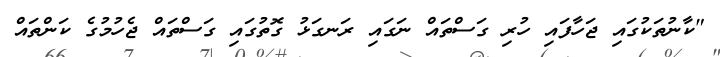
"ކާނުތަކުގައި ޖަހާފައި ހުރި ގަސްތައް ނަގައި ރަނގަޅު ގޮތުގައި ގަސްތައް ޖެހުމުގެ ކަންތައް